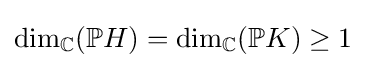
\dim _{\mathbb {C} }(\mathbb {P} H)=\dim _{\mathbb {C} }(\mathbb {P} K)\geq 1